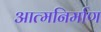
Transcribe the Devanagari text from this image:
आत्मनिर्माण